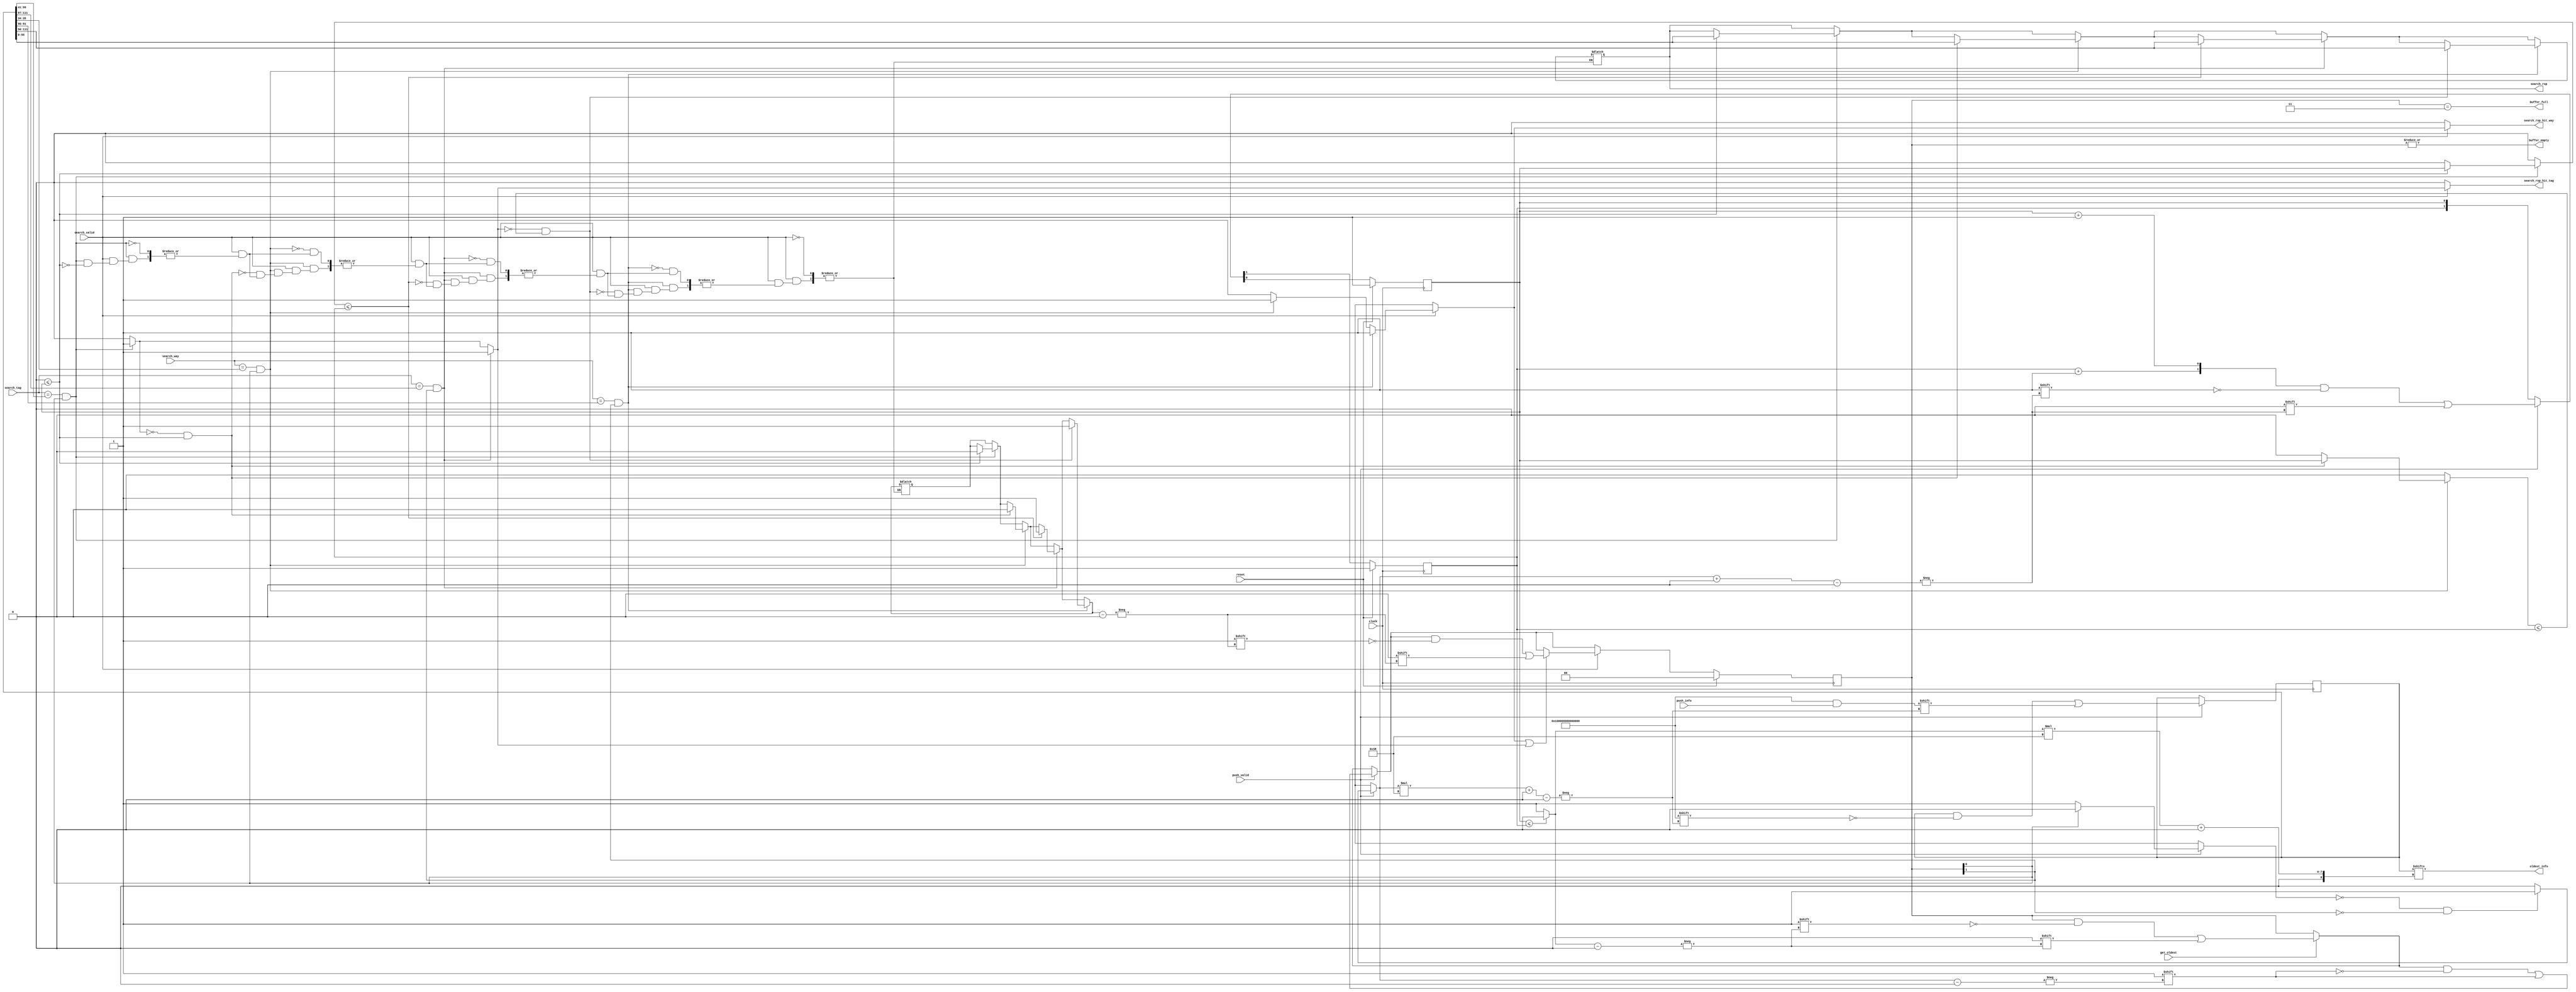
module store_buffer (
	clock,
	reset,
	buffer_empty,
	buffer_full,
	get_oldest,
	oldest_info,
	push_valid,
	push_info,
	search_valid,
	search_tag,
	search_way,
	search_rsp_hit_tag,
	search_rsp_hit_way,
	search_rsp
);
	input wire clock;
	input wire reset;
	output wire buffer_empty;
	output wire buffer_full;
	input wire get_oldest;
	output wire [55:0] oldest_info;
	input wire push_valid;
	input wire [55:0] push_info;
	input wire search_valid;
	input wire [14:0] search_tag;
	input wire [0:0] search_way;
	output reg search_rsp_hit_tag;
	output reg search_rsp_hit_way;
	output reg [55:0] search_rsp;
	function automatic [0:0] get_first_free_position;
		input reg [1:0] buffer_valid;
		reg found;
		begin
			get_first_free_position = 1'sb0;
			found = 1'b0;
			begin : sv2v_autoblock_1
				reg signed [31:0] it;
				for (it = 0; it < 2; it = it + 1)
					if (!found && !buffer_valid[it]) begin
						get_first_free_position = it;
						found = 1'b1;
					end
			end
		end
	endfunction
	reg [111:0] store_buffer_info;
	reg [111:0] store_buffer_info_ff;
	reg [1:0] store_buffer_valid;
	reg [1:0] store_buffer_valid_ff;
	always @(posedge clock) store_buffer_info_ff <= store_buffer_info;
	always @(posedge clock)
		if (reset)
			store_buffer_valid_ff <= {2 {1'sb0}};
		else
			store_buffer_valid_ff <= store_buffer_valid;
	localparam TREE_SIZE = 3;
	wire [0:0] oldest_id;
	wire [TREE_SIZE - 1:0] oldest_id_tree;
	wire [TREE_SIZE - 1:0] maxcount_tree;
	reg [1:0] counter;
	reg [1:0] counter_ff;
	assign buffer_empty = |store_buffer_valid_ff;
	assign buffer_full = store_buffer_valid_ff == {2 {1'sb1}};
	assign oldest_info = store_buffer_info_ff[oldest_id * 56+:56];
	reg [0:0] max_count_search_tag;
	reg [0:0] max_count_search_way;
	reg [0:0] search_oldest;
	genvar NODE_ID;
	generate
		for (NODE_ID = 0; NODE_ID < TREE_SIZE; NODE_ID = NODE_ID + 1) begin : TREE_GEN
			localparam left_child = (2 * NODE_ID) + 1;
			localparam right_child = (2 * NODE_ID) + 2;
			if (NODE_ID >= (TREE_SIZE - 2)) begin
				assign maxcount_tree[NODE_ID+:1] = counter_ff[NODE_ID - 1+:1];
				assign oldest_id_tree[NODE_ID+:1] = NODE_ID - 1;
			end
			else begin
				assign maxcount_tree[NODE_ID+:1] = (maxcount_tree[left_child+:1] <= maxcount_tree[right_child+:1] ? maxcount_tree[left_child+:1] : maxcount_tree[right_child+:1]);
				assign oldest_id_tree[NODE_ID+:1] = (maxcount_tree[left_child+:1] <= maxcount_tree[right_child+:1] ? oldest_id_tree[left_child+:1] : oldest_id_tree[right_child+:1]);
			end
		end
	endgenerate
	assign oldest_id = oldest_id_tree[0+:1];
	generate
		genvar i;
		for (i = 0; i < 2; i = i + 1) always @(posedge clock)
			if (reset)
				counter_ff[i+:1] <= 1'sb1;
			else
				counter_ff[i+:1] <= counter[i+:1];
	endgenerate
	integer j;
	integer k;
	reg [0:0] free_pos;
	always @(*) begin
		store_buffer_info = store_buffer_info_ff;
		store_buffer_valid = store_buffer_valid_ff;
		search_rsp_hit_tag = 1'b0;
		search_rsp_hit_way = 1'b0;
		free_pos = 1'sb0;
		counter = counter_ff;
		if (get_oldest)
			store_buffer_valid[oldest_id] = 1'b0;
		if (push_valid) begin
			free_pos = get_first_free_position(store_buffer_valid_ff);
			store_buffer_valid[free_pos] = 1'b1;
			store_buffer_info[free_pos * 56+:56] = push_info;
			for (j = 0; j < 2; j = j + 1)
				counter[j+:1] = counter_ff[j+:1] + 1'b1;
			counter[free_pos+:1] = 1'sb0;
		end
		max_count_search_tag = 1'sb0;
		max_count_search_way = 1'sb0;
		if (search_valid) begin
			for (k = 0; k < 2; k = k + 1)
				begin
					if ((search_tag == store_buffer_info_ff[(k * 56) + 55-:15]) & store_buffer_valid_ff[k]) begin
						search_rsp_hit_tag = 1'b1;
						if (max_count_search_tag <= counter_ff[k+:1]) begin
							max_count_search_tag = counter_ff[k+:1];
							search_rsp = store_buffer_info_ff[k * 56+:56];
							search_oldest = k;
						end
					end
					if ((search_way == store_buffer_info_ff[(k * 56) + 35-:2]) & store_buffer_valid_ff[k]) begin
						search_rsp_hit_way = 1'b1;
						if (!search_rsp_hit_tag & (max_count_search_way <= counter_ff[k+:1])) begin
							max_count_search_way = counter_ff[k+:1];
							search_rsp = store_buffer_info_ff[k * 56+:56];
							search_oldest = k;
						end
					end
				end
			if (search_rsp_hit_way | search_rsp_hit_tag)
				store_buffer_valid[search_oldest] = 1'b0;
		end
	end
endmodule